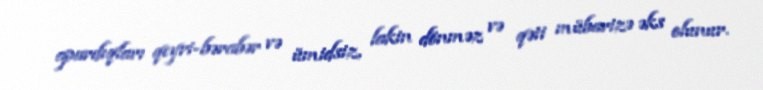
apardıqları qeyri-bərabər və ümidsiz, lakin dönməz və qəti mübarizə əks olunur.